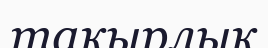
тақырлық